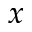
x